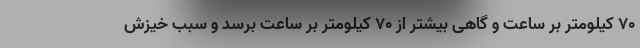
۷۰ کیلومتر بر ساعت و گاهی بیشتر از ۷۰ کیلومتر بر ساعت برسد و سبب خیزش